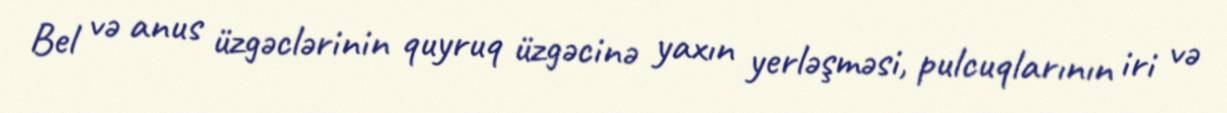
Bel və anus üzgəclərinin quyruq üzgəcinə yaxın yerləşməsi, pulcuqlarının iri və